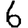
Digit: 6